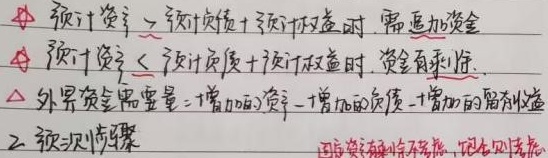
- 预计资产>预计负债 + 预计权益时，需追加资金
- 预计资产≤预计负债 + 预计权益时，资金有剩余
- 外界资金需要量 = 增加的资产 - 增加的负债 - 增加的留存收益
2. 预测步骤（因资金剩余不考虑，在此则考虑）